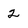
Character: 2